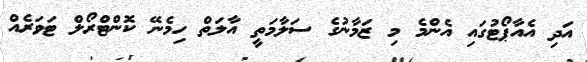
އަދި އެއާޕޯޓުގައި އެންމެ މި ޒަމާނުގެ ސަލާމަތީ އާލަތް ހިމެނޭ ކޮންޓްރޯލް ޓަވަރެއް